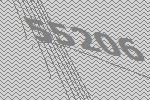
55206